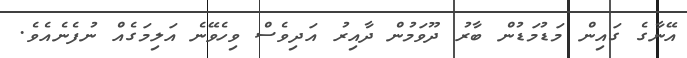
އޭނާގެ ގައިން މަޑުމަޑުން ބާރު ދޫވަމުން ދާއިރު އަދިވެސް ވިހެވޭނެ އަލިމަގެއް ނުފެނެއެވެ.